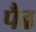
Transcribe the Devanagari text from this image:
पैढ